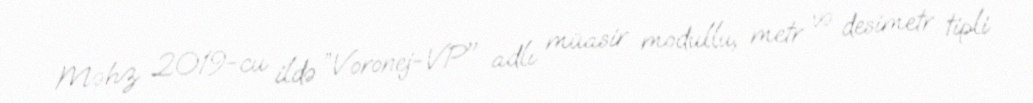
Məhz 2019-cu ildə ”Voronej-VP" adlı müasir modullu, metr və desimetr tipli